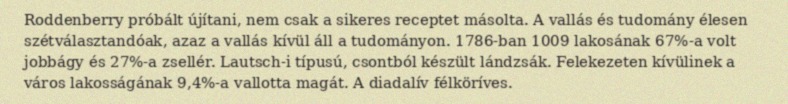
Roddenberry próbált újítani, nem csak a sikeres receptet másolta. A vallás és tudomány élesen szétválasztandóak, azaz a vallás kívül áll a tudományon. 1786-ban 1009 lakosának 67%-a volt jobbágy és 27%-a zsellér. Lautsch-i típusú, csontból készült lándzsák. Felekezeten kívülinek a város lakosságának 9,4%-a vallotta magát. A diadalív félköríves.